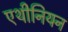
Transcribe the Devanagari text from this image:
एथीनियन